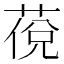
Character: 䓲